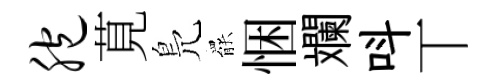
胞莧鳬罷悃斕呌丅